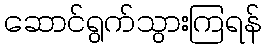
ဆောင်ရွက်သွားကြရန်